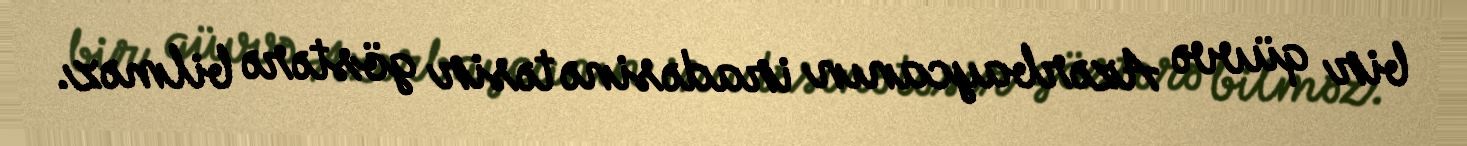
bir qüvvə Azərbaycanın iradəsinə təsir göstərə bilməz.